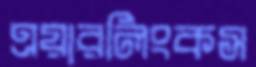
এয়ারলিংকস